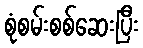
စုံစမ်းစစ်ဆေးပြီး